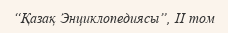
“Қазақ Энциклопедиясы”, II том